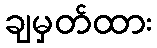
ချမှတ်ထား